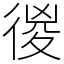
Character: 㣭